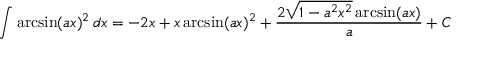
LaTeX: \int \arcsin ( a x ) ^ { 2 } \, d x = - 2 x + x \arcsin ( a x ) ^ { 2 } + { \frac { 2 { \sqrt { 1 - a ^ { 2 } x ^ { 2 } } } \arcsin ( a x ) } { a } } + C